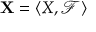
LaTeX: \mathbf { X } = \langle X , { \mathcal { F } } \rangle